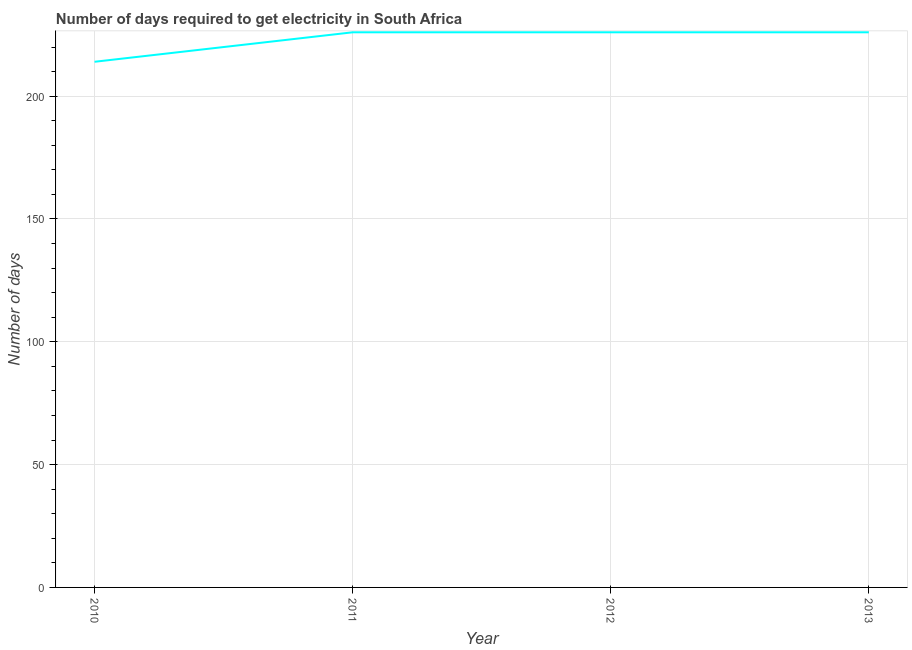
| Year | Time to get electricity |
 | --- | --- |
 | 2010 | 214 |
 | 2011 | 226 |
 | 2012 | 226 |
 | 2013 | 226 |